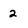
Character: 2